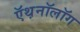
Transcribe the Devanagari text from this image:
ऍथ़नॉलॉग